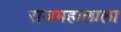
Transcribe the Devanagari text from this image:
राजमहालाला